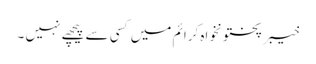
خیبرپختونخواہ کرائم میں کسی سے پیچھے نہیں ۔